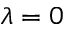
\lambda = 0